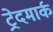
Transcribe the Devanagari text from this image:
ट्रेदमार्क